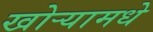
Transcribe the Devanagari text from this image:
खोऱ्यामधे